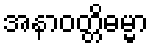
အနာဝတ္တိဓမ္မာ